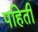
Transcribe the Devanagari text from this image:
पहिती